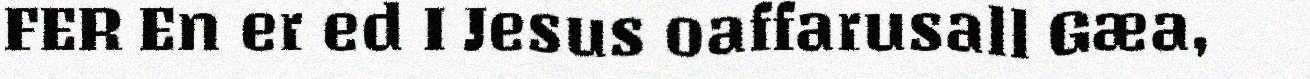
FER En er ed I Jesus oaffarusall Gæa,